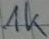
Text: 1k